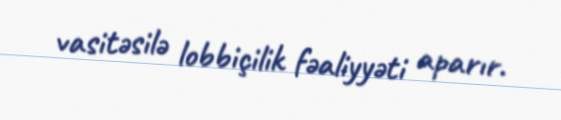
vasitəsilə lobbiçilik fəaliyyəti aparır.